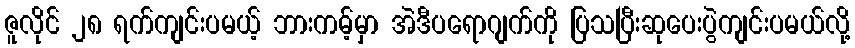
ဇူလိုင် ၂၈ ရက်ကျင်းပမယ့် ဘားကမ့်မှာ အဲဒီပရောဂျက်ကို ပြသပြီးဆုပေးပွဲကျင်းပမယ်လို့